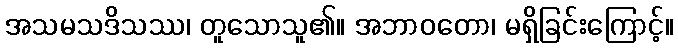
အသမသဒိသဿ၊ တူသောသူ၏။ အဘာဝတော၊ မရှိခြင်းကြောင့်။